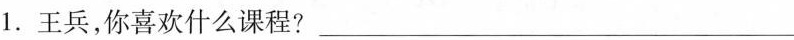
1.王兵，你喜欢什么课程?_______________________________